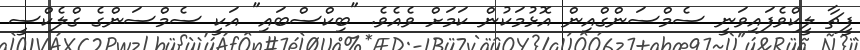
ފީޗާ ލީކްވެފައިވަނީ ސެމްސަންގްއިން އޮޅުމަކުން ކަމަށް ވެއެވެ. "ބިކްސްބައި" އަކީ ސެމްސަންގެ ގްލެކްސީ